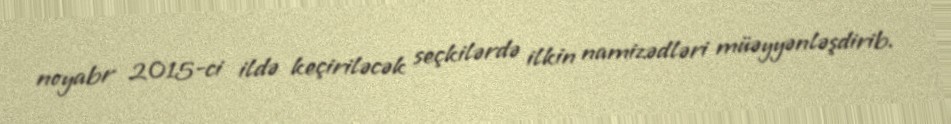
noyabr 2015-ci ildə keçiriləcək seçkilərdə ilkin namizədləri müəyyənləşdirib.